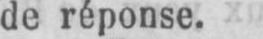
de réponse.